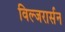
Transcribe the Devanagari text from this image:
विल्जरार्सन